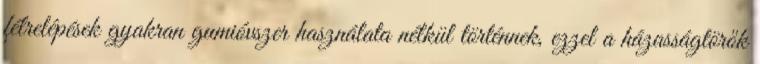
félrelépések gyakran gumióvszer használata nélkül történnek, ezzel a házasságtörők